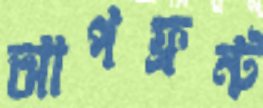
আপফ্রন্ট